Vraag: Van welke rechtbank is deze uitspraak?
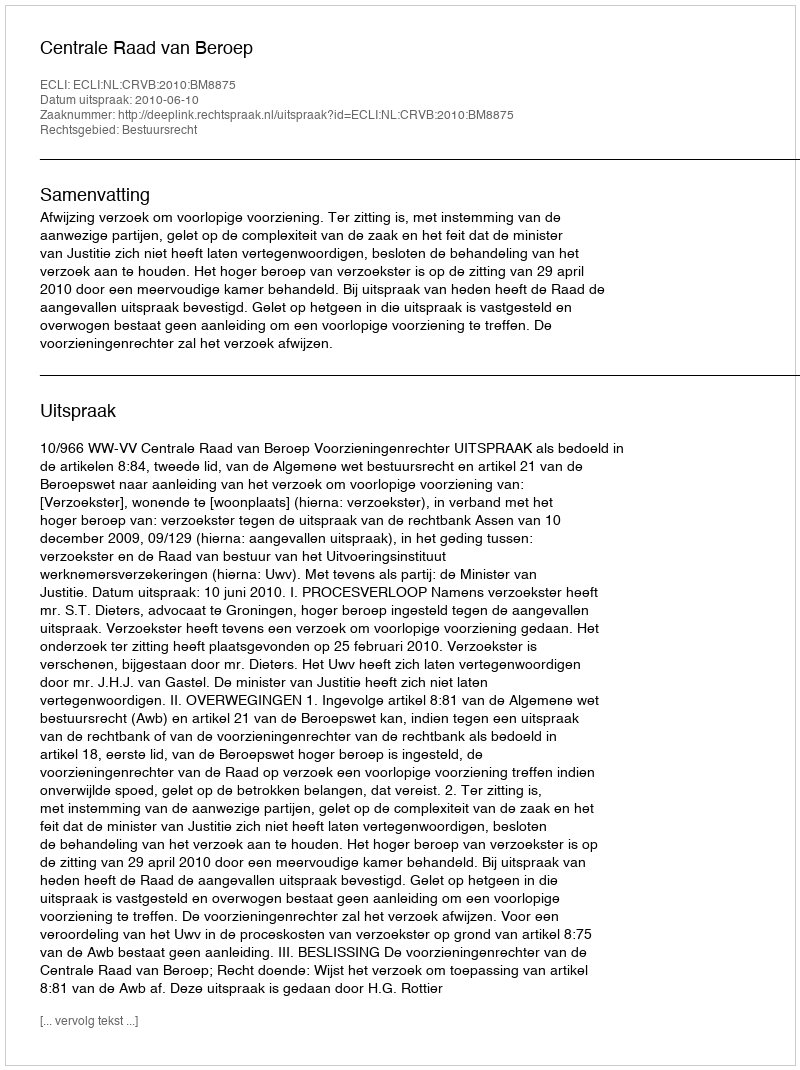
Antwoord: Centrale Raad van Beroep